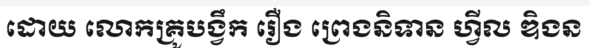
ដោយ លោកគ្រូបង្វឹក រឿង ព្រេងនិទាន ហ្វីល ឌិងន